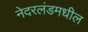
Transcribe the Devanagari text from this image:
नेदरलंडमधील